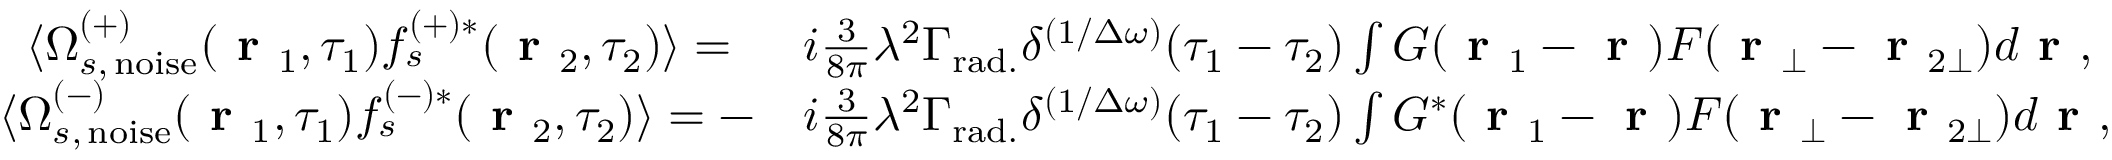
\begin{array} { r l } { \langle \Omega _ { s , \, \mathrm { n o i s e } } ^ { ( + ) } ( \textbf { r } _ { 1 } , \tau _ { 1 } ) f _ { s } ^ { ( + ) * } ( \textbf { r } _ { 2 } , \tau _ { 2 } ) \rangle = \, \, \, } & { i \frac { 3 } { 8 \pi } \lambda ^ { 2 } \Gamma _ { \mathrm { r a d . } } \delta ^ { ( 1 / \Delta \omega ) } ( \tau _ { 1 } - \tau _ { 2 } ) \int G ( \textbf { r } _ { 1 } - \textbf { r } ) F ( \textbf { r } _ { \bot } - \textbf { r } _ { 2 \bot } ) d \textbf { r } , } \\ { \langle \Omega _ { s , \, \mathrm { n o i s e } } ^ { ( - ) } ( \textbf { r } _ { 1 } , \tau _ { 1 } ) f _ { s } ^ { ( - ) * } ( \textbf { r } _ { 2 } , \tau _ { 2 } ) \rangle = - } & { i \frac { 3 } { 8 \pi } \lambda ^ { 2 } \Gamma _ { \mathrm { r a d . } } \delta ^ { ( 1 / \Delta \omega ) } ( \tau _ { 1 } - \tau _ { 2 } ) \int G ^ { * } ( \textbf { r } _ { 1 } - \textbf { r } ) F ( \textbf { r } _ { \bot } - \textbf { r } _ { 2 \bot } ) d \textbf { r } , } \end{array}